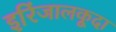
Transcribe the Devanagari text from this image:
इरिंजालकूदा